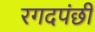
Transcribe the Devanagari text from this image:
रगदपंछी